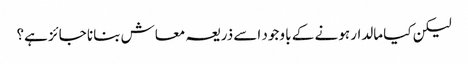
لیکن کیا مالدار ہونے کے با وجود اسے ذریعہ معاش بنانا جائز ہے؟